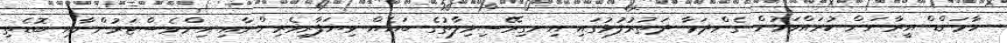
ހާމަންޑް އީރާނަށް ކުރައްވަމުން ގެންދަވާ ދަތުރުފުޅުގައި އިނގިރޭސިވިލާތުގެ ބައެއް ވިޔަފާރިވެރިންނާއި އިންވެސްޓަރުންނާއި ބޮޑެތި